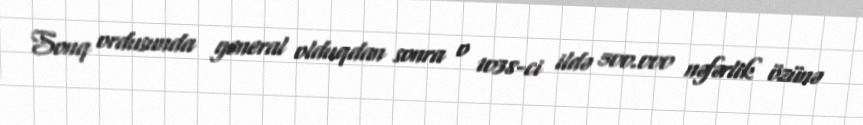
Sonq ordusunda general olduqdan sonra o 1038-ci ildə 500.000 nəfərlik özünə